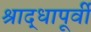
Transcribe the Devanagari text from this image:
श्राद्धापूर्वी